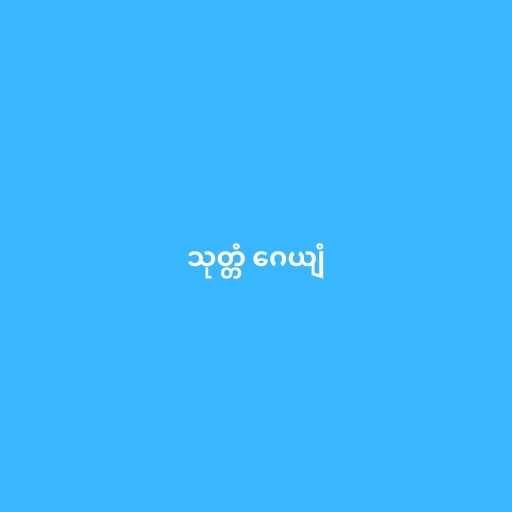
သုတ္တံ ဂေယျံ